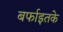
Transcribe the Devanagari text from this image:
बर्फाइतके